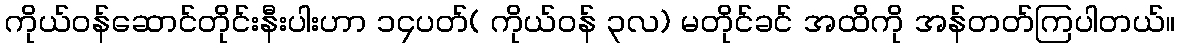
ကိုယ်ဝန်ဆောင်တိုင်းနီးပါးဟာ ၁၄ပတ်( ကိုယ်ဝန် ၃လ) မတိုင်ခင် အထိကို အန်တတ်ကြပါတယ်။